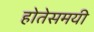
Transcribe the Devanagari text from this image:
होतेसमयी